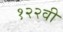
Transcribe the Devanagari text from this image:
१२२वी